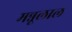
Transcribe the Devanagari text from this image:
मन्नूलाल